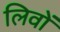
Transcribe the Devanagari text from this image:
लिवों